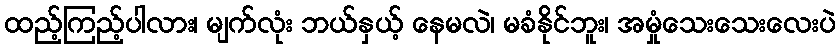
ထည့်ကြည့်ပါလား၊ မျက်လုံး ဘယ်နှယ့် နေမလဲ၊ မခံနိုင်ဘူး၊ အမှုံသေးသေးလေးပဲ